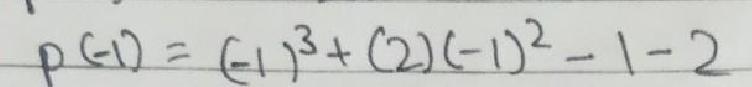
\[p(-1)=(-1)^{3}+(2)(-1)^{2}-1-2\]